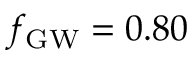
\ensuremath { f _ { \mathrm { G W } } } = 0 . 8 0